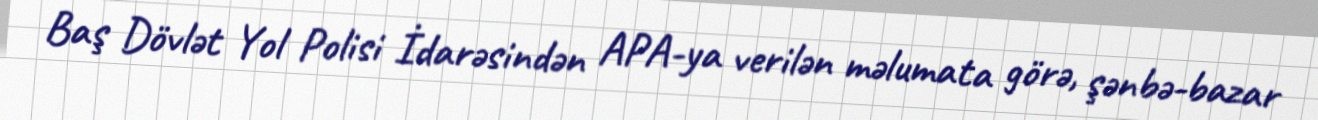
Baş Dövlət Yol Polisi İdarəsindən APA-ya verilən məlumata görə, şənbə-bazar